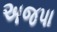
અજપા